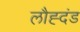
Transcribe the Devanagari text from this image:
लौह्दंड